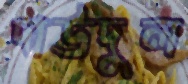
দাউদুল